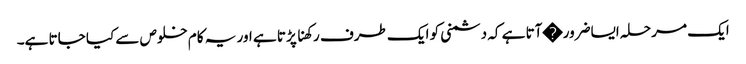
ایک مرحلہ ایساضرور�آتا ہے کہ دشمنی کو ایک طرف رکھنا پڑتا ہے اور یہ کام خلوص سے کیا جاتا ہے۔